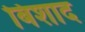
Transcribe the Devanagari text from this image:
बिशाद